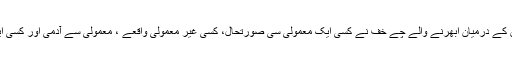
صفِ اول کے روسی افسانہ نگاروں اور ناول نویسوں کے درمیان ابھرنے والے چے خف نے کسی ایک معمولی سی صورتحال، کسی غیر معمولی واقعے ، معمولی سے آدمی اور کسی ایک موڈ کی سوانح عمری لکھ کر اپنی راہ الگ نکالی۔